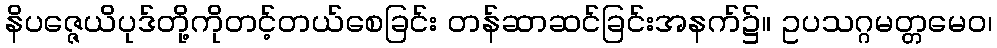
နိပဇ္ဇေယိပုဒ်တို့ကိုတင့်တယ်စေခြင်း တန်ဆာဆင်ခြင်းအနက်၌။ ဥပသဂ္ဂမတ္တမေဝ၊